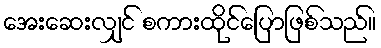
အေးဆေးလျှင် စကားထိုင်ပြောဖြစ်သည်။